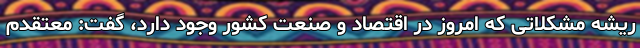
ریشه مشکلاتی که امروز در اقتصاد و صنعت کشور وجود دارد، گفت: معتقدم